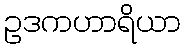
ဥဒကဟာရိယာ